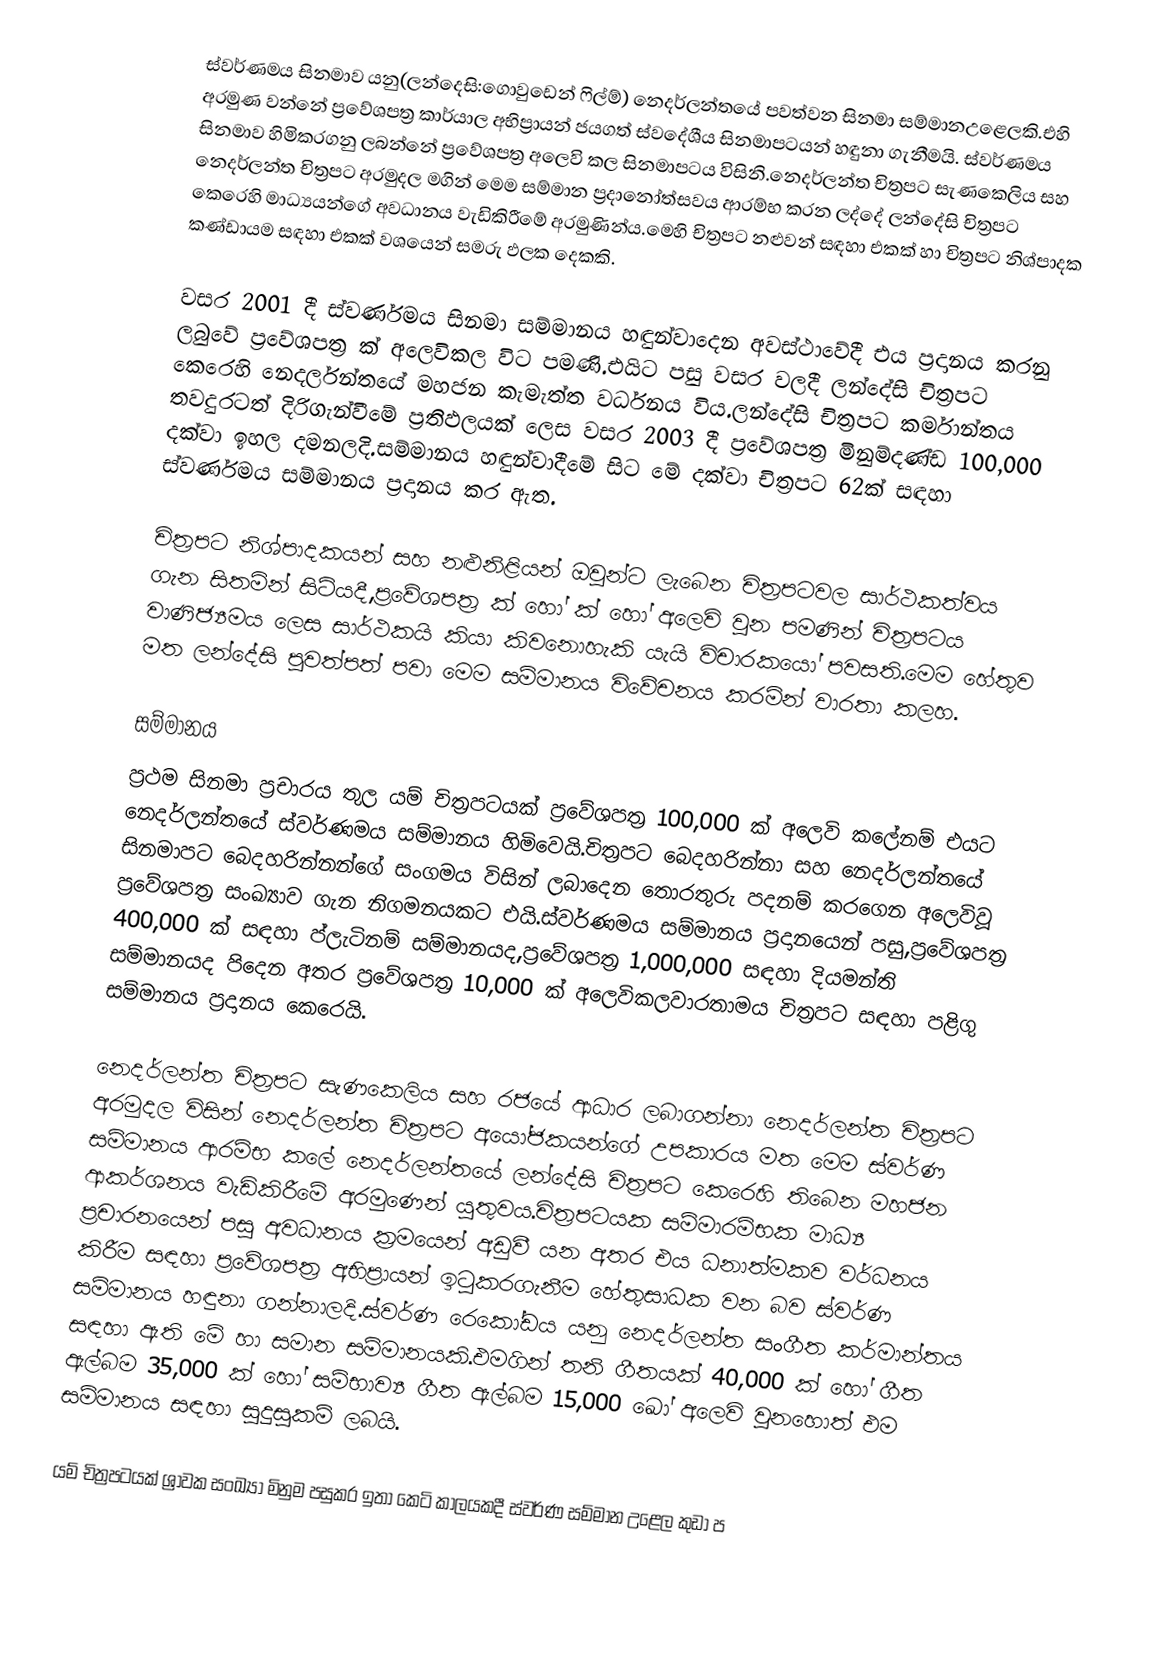
ස්වර්ණමය සිනමාව  යනු(ලන්දෙසි:ගොවුඩෙන් ෆිල්ම්)  නෙදර්ලන්තයේ  පවත්වන සිනමා සම්මානඋළෙලකි.එහි අරමුණ වන්නේ ප්‍රවේශපත්‍ර කාර්යාල අභිප්‍රායන් ජයගත් ස්වදේශීය සිනමාපටයන් හඳුනා ගැනීමයි. ස්වර්ණමය සිනමාව හිමිකරගනු ලබන්නේ ප්‍රවේශපත්‍ර  අලෙවි කල සිනමාපටය විසිනි.නෙදර්ලන්ත චිත්‍රපට සැණකෙලිය සහ නෙදර්ලන්ත චිත්‍රපට අරමුදල මගින් මෙම සම්මාන ප්‍රදානෝත්සවය ආරම්භ කරන ලද්දේ ලන්දේසි චිත්‍රපට කෙරෙහි මාධ්‍යයන්ගේ අවධානය වැඩිකිරීමේ අරමුණින්ය.මෙහි චිත්‍රපට නළුවන් සඳහා එකක් හා චිත්‍රපට නිශ්පාදක කණ්ඩායම සඳහා එකක් වශයෙන් සමරු ඵලක දෙකකි.

වසර 2001 දී ස්වර්ණමය සිනමා සම්මානය හඳුන්වාදෙන අවස්ථාවේදී එය ප්‍රදානය කරනු ලබුවේ ප්‍රවේශපත්‍ර  ක් අලෙවිකල විට පමණි.එයිට පසු  වසර වලදී ලන්දේසි චිත්‍රපට කෙරෙහි නෙදර්ලන්තයේ මහජන කැමැත්ත වර්ධනය විය.ලන්දේසි චිත්‍රපට කර්මාන්තය තවදුරටත් දිරිගැන්වීමේ ප්‍රතිඵලයක් ලෙස වසර 2003 දී ප්‍රවේශපත්‍ර මිනුම්දණ්ඩ 100,000 දක්වා ඉහල දමනලදි.සම්මානය හඳුන්වාදීමේ සිට මේ දක්වා චිත්‍රපට 62ක්  සඳහා ස්වර්ණමය සම්මානය ප්‍රදානය කර ඇත.

චිත්‍රපට නිශ්පාදකයන් සහ නළුනිළියන් ඔවුන්ට ලැබෙන චිත්‍රපටවල සාර්ථකත්වය ගැන සිතමින් සිටියදී,ප්‍රවේශපත්‍ර   ක් හෝ  ක් හෝ අලෙවි වුන පමණින් චිත්‍රපටය වාණිජ්‍යමය ලෙස සාර්ථකයි කියා කිවනොහැකි යැයි විචාරකයෝ පවසති.මෙම හේතුව මත ලන්දේසි පුවත්පත් පවා මෙම සම්මානය විවේචනය කරමින් වාරතා කලහ.

සම්මානය
ප්‍රථම සිනමා ප්‍රචාරය තුල යම් චිත්‍රපටයක් ප්‍රවේශපත්‍ර 100,000 ක් අලෙවි කලේනම් එයට නෙදර්ලන්තයේ  ස්වර්ණමය සම්මානය හිමිවෙයි.චිත්‍රපට බෙදහරින්නා සහ නෙදර්ලන්තයේ සිනමාපට බෙදහරින්නන්ගේ සංගමය විසින් ලබාදෙන තොරතුරු පදනම් කරගෙන අලෙවිවූ ප්‍රවේශපත්‍ර සංඛ්‍යාව ගැන නිගමනයකට එයි.ස්වර්ණමය සම්මානය ප්‍රදානයෙන් පසු,ප්‍රවේශපත්‍ර 400,000 ක් සඳහා ප්ලැටිනම් සම්මානයද,ප්‍රවේශපත්‍ර 1,000,000 සඳහා දියමන්ති සම්මානයද පිදෙන අතර ප්‍රවේශපත්‍ර 10,000 ක් අලෙවිකලවාරතාමය චිත්‍රපට සඳහා පළිගු සම්මානය ප්‍රදානය කෙරෙයි.

නෙදර්ලන්ත චිත්‍රපට සැණකෙලිය සහ රජයේ ආධාර ලබාගන්නා නෙදර්ලන්ත චිත්‍රපට අරමුදල විසින් නෙදර්ලන්ත චිත්‍රපට අයෝජකයන්ගේ උපකාරය මත මෙම ස්වර්ණ සම්මානය ආරම්භ කලේ නෙදර්ලන්තයේ ලන්දේසි චිත්‍රපට කෙරෙහි තිබෙන මහජන ආකර්ශනය වැඩිකිරීමේ අරමුණෙන් යුතුවය.චිත්‍රපටයක සම්මාරම්භක මාධ්‍ය ප්‍රචාරනයෙන් පසු අවධානය ක්‍රමයෙන් අඩුවී යන අතර එය ධනාත්මකව වර්ධනය කිරීම සඳහා ප්‍රවේශපත්‍ර අභිප්‍රායන් ඉටුකරගැනීම හේතුසාධක වන බව ස්වර්ණ සම්මානය හඳුනා ගන්නාලදි.ස්වර්ණ රෙකෝඩය යනු නෙදර්ලන්ත සංගීත කර්මාන්තය සඳහා ඇති මේ හා සමාන සම්මානයකි.එමගින් තනි ගීතයක් 40,000 ක් හෝ ගීත ඇල්බම 35,000 ක් හෝ සම්භාව්‍ය ගීත ඇල්බම 15,000 ඛෝ අලෙවි වුනහොත් එම සම්මානය සඳහා සුදුසුකම් ලබයි.

යම් චිත්‍රපටයක් ශ්‍රාවක සංඛ්‍යා මිනුම පසුකර ඉතා කෙටි කාලයකදී ස්වර්ණ සම්මාන උළෙල කුඩා ප